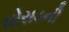
ઘોરાડની